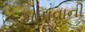
માપવાની